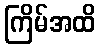
ကြိမ်အထိ